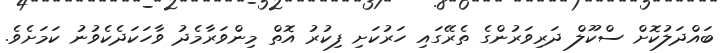
ބައްދަލުކޮށް ސްކޫލް ދަރިވަރުންގެ ތެރޭގައި ހަރުކަށި ފިކުރު އޮތް މިންވަރާމެދު ވާހަކަދެކެވުނު ކަމަށެވެ.